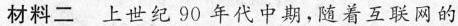
材料二上世纪90年代中期，随着互联网的